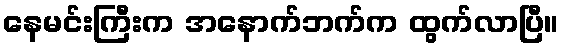
နေမင်းကြီးက အနောက်ဘက်က ထွက်လာပြီ။